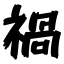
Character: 禍